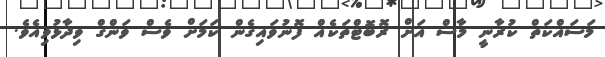
މަސައްކަތް ކުރާނީ މާސް އަށް ރޮބޮޓްތަކެއް ފޮނުވައިގެން ކަމަށް ވެސް ވަންގް ވިދާޅުވިއެވެ.